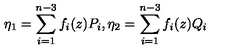
\eta _ { 1 } = \sum _ { i = 1 } ^ { n - 3 } f _ { i } ( z ) P _ { i } , \eta _ { 2 } = \sum _ { i = 1 } ^ { n - 3 } f _ { i } ( z ) Q _ { i }